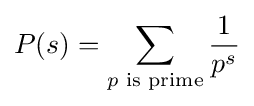
P(s)=\sum _{p{\text{ is prime}}}{\frac {1}{p^{s}}}